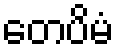
တေပိမံ